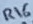
Text: R16